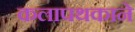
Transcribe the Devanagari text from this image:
कलापथकाने